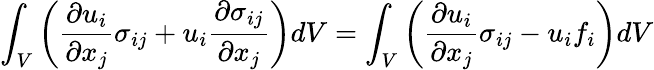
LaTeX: \int_{V}\left({\frac{\partial u_{i}}{\partial x_{j}}}\sigma_{ij}+u_{i}{\frac{\partial\sigma_{ij}}{\partial x_{j}}}\right)dV=\int_{V}\left({\frac{\partial u_{i}}{\partial x_{j}}}\sigma_{ij}-u_{i}f_{i}\right)dV